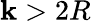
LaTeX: \mathbf{k}>2R